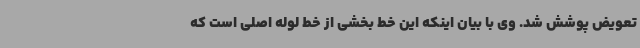
تعویض پوشش شد. وی با بیان اینکه این خط بخشی از خط لوله‌ اصلی است که